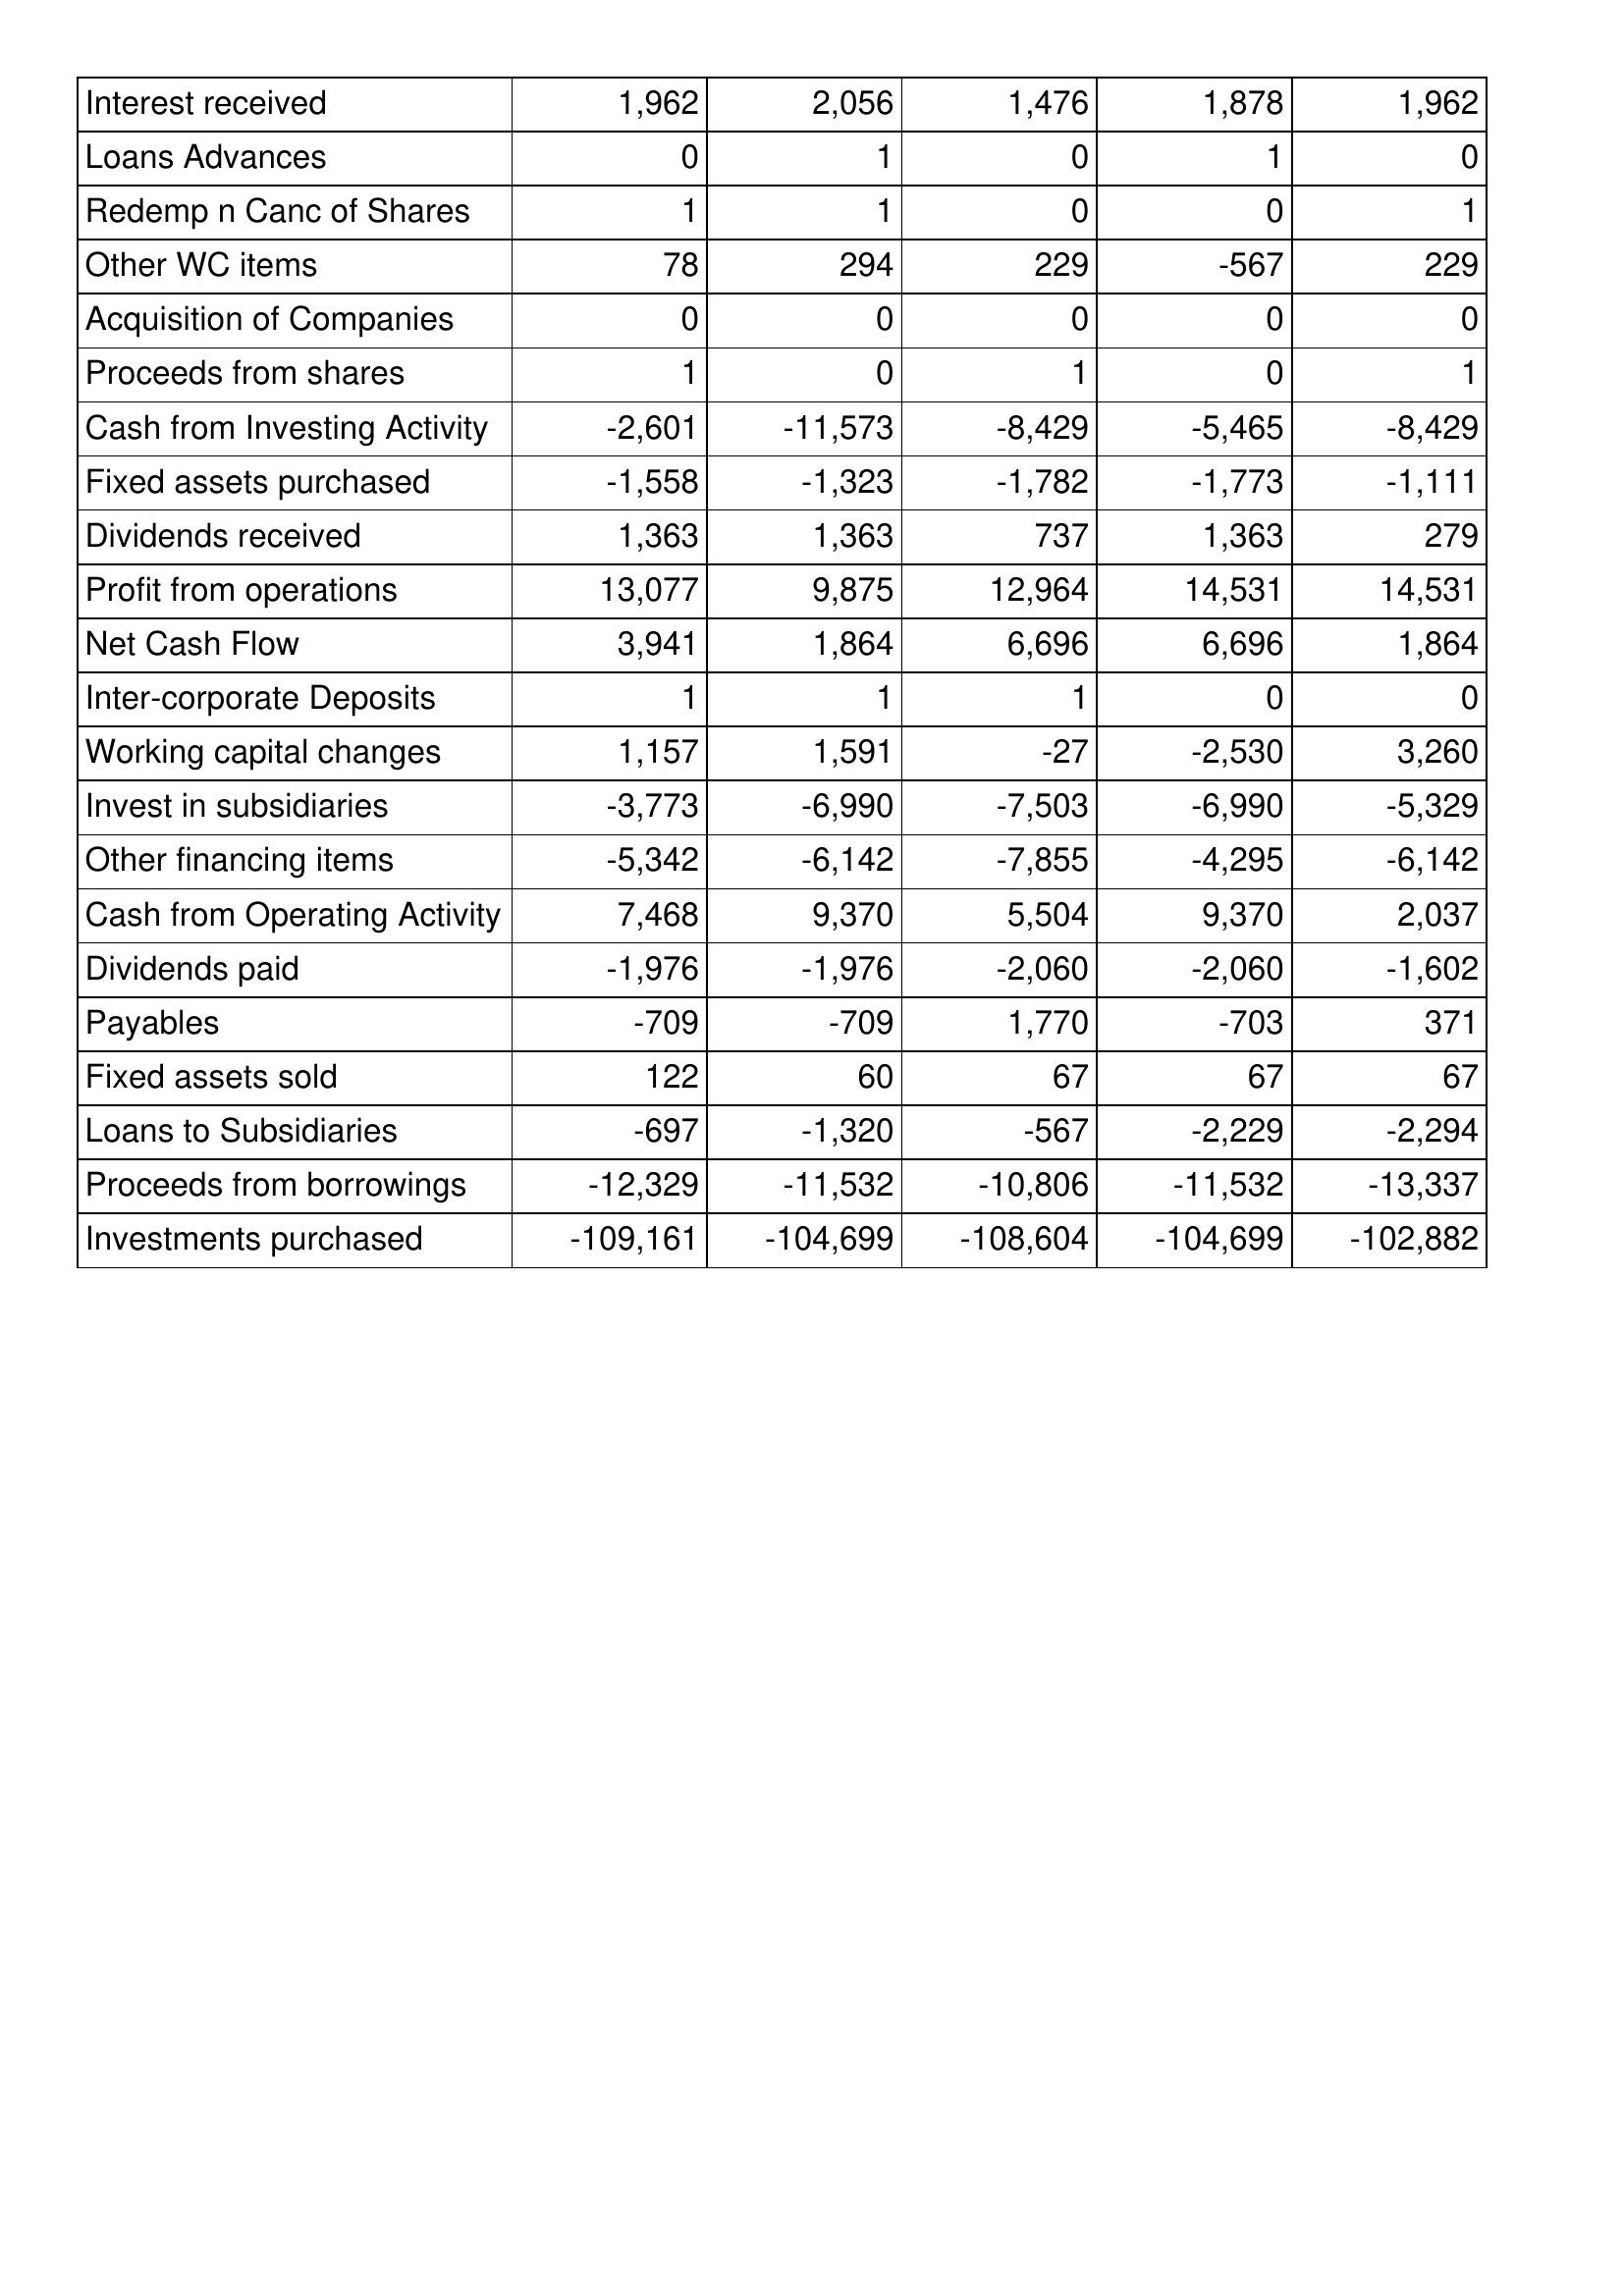
Dec-15: Cash Flows: Interest received: 1,962
Loans Advances: 0
Redemp n Canc of Shares: 1
Other WC items: 78
Acquisition of Companies: 0
Proceeds from shares: 1
Cash from Investing Activity: -2,601
Fixed assets purchased: -1,558
Dividends received: 1,363
Profit from operations: 13,077
Net Cash Flow: 3,941
Inter-corporate Deposits: 1
Working capital changes: 1,157
Invest in subsidiaries: -3,773
Other financing items: -5,342
Cash from Operating Activity: 7,468
Dividends paid: -1,976
Payables: -709
Fixed assets sold: 122
Loans to Subsidiaries: -697
Proceeds from borrowings: -12,329
Investments purchased: -109,161
Dec-14: Cash Flows: Interest received: 2,056
Loans Advances: 1
Redemp n Canc of Shares: 1
Other WC items: 294
Acquisition of Companies: 0
Proceeds from shares: 0
Cash from Investing Activity: -11,573
Fixed assets purchased: -1,323
Dividends received: 1,363
Profit from operations: 9,875
Net Cash Flow: 1,864
Inter-corporate Deposits: 1
Working capital changes: 1,591
Invest in subsidiaries: -6,990
Other financing items: -6,142
Cash from Operating Activity: 9,370
Dividends paid: -1,976
Payables: -709
Fixed assets sold: 60
Loans to Subsidiaries: -1,320
Proceeds from borrowings: -11,532
Investments purchased: -104,699
Dec-13: Cash Flows: Interest received: 1,476
Loans Advances: 0
Redemp n Canc of Shares: 0
Other WC items: 229
Acquisition of Companies: 0
Proceeds from shares: 1
Cash from Investing Activity: -8,429
Fixed assets purchased: -1,782
Dividends received: 737
Profit from operations: 12,964
Net Cash Flow: 6,696
Inter-corporate Deposits: 1
Working capital changes: -27
Invest in subsidiaries: -7,503
Other financing items: -7,855
Cash from Operating Activity: 5,504
Dividends paid: -2,060
Payables: 1,770
Fixed assets sold: 67
Loans to Subsidiaries: -567
Proceeds from borrowings: -10,806
Investments purchased: -108,604
Dec-12: Cash Flows: Interest received: 1,878
Loans Advances: 1
Redemp n Canc of Shares: 0
Other WC items: -567
Acquisition of Companies: 0
Proceeds from shares: 0
Cash from Investing Activity: -5,465
Fixed assets purchased: -1,773
Dividends received: 1,363
Profit from operations: 14,531
Net Cash Flow: 6,696
Inter-corporate Deposits: 0
Working capital changes: -2,530
Invest in subsidiaries: -6,990
Other financing items: -4,295
Cash from Operating Activity: 9,370
Dividends paid: -2,060
Payables: -703
Fixed assets sold: 67
Loans to Subsidiaries: -2,229
Proceeds from borrowings: -11,532
Investments purchased: -104,699
Dec-11: Cash Flows: Interest received: 1,962
Loans Advances: 0
Redemp n Canc of Shares: 1
Other WC items: 229
Acquisition of Companies: 0
Proceeds from shares: 1
Cash from Investing Activity: -8,429
Fixed assets purchased: -1,111
Dividends received: 279
Profit from operations: 14,531
Net Cash Flow: 1,864
Inter-corporate Deposits: 0
Working capital changes: 3,260
Invest in subsidiaries: -5,329
Other financing items: -6,142
Cash from Operating Activity: 2,037
Dividends paid: -1,602
Payables: 371
Fixed assets sold: 67
Loans to Subsidiaries: -2,294
Proceeds from borrowings: -13,337
Investments purchased: -102,882